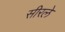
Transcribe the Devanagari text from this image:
सीरले